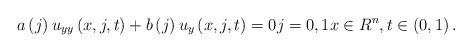
LaTeX: \begin{align*}a\left( j\right) u_{yy}\left( x,j,t\right) +b\left( j\right) u_{y}\left(x,j,t\right) =0j=0,1x\in R^{n},t\in\left( 0,1\right) . \end{align*}